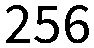
256